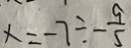
x = - 7 \div - \frac { 9 } { 5 }